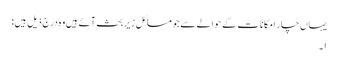
یہاں چار امکانات کے حوالے سے جو مسائل زیرِ بحث آئے ہیں وہ درج ذیل ہیں:
۱۔